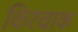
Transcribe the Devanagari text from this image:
किरचाक